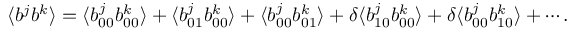
\langle { b ^ { j } b ^ { k } } \rangle = \langle { b _ { 0 0 } ^ { j } b _ { 0 0 } ^ { k } } \rangle + \langle { b _ { 0 1 } ^ { j } b _ { 0 0 } ^ { k } } \rangle + \langle { b _ { 0 0 } ^ { j } b _ { 0 1 } ^ { k } } \rangle + \delta \langle { b _ { 1 0 } ^ { j } b _ { 0 0 } ^ { k } } \rangle + \delta \langle { b _ { 0 0 } ^ { j } b _ { 1 0 } ^ { k } } \rangle + \cdots .